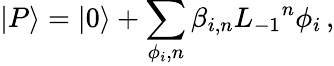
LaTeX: |P\rangle=|0\rangle+\sum_{\phi_{i},n}\beta_{i,n}{L_{-1}}^{n}\phi_{i}\, ,